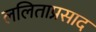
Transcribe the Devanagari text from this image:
ललिताप्रसाद